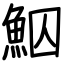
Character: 鮂